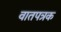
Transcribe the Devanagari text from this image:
वातपत्रक